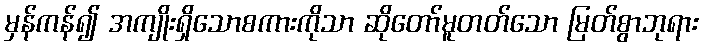
မှန်ကန်၍ အကျိုးရှိသောစကားကိုသာ ဆိုတော်မူတတ်သော မြတ်စွာဘုရား